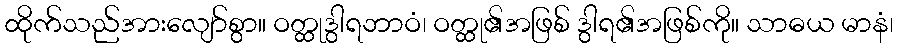
ထိုက်သည်အားလျော်စွာ။ ဝတ္ထုဒွါရဘာဝံ၊ ဝတ္ထု၏အဖြစ် ဒွါရ၏အဖြစ်ကို။ သာဓယ မာနံ၊